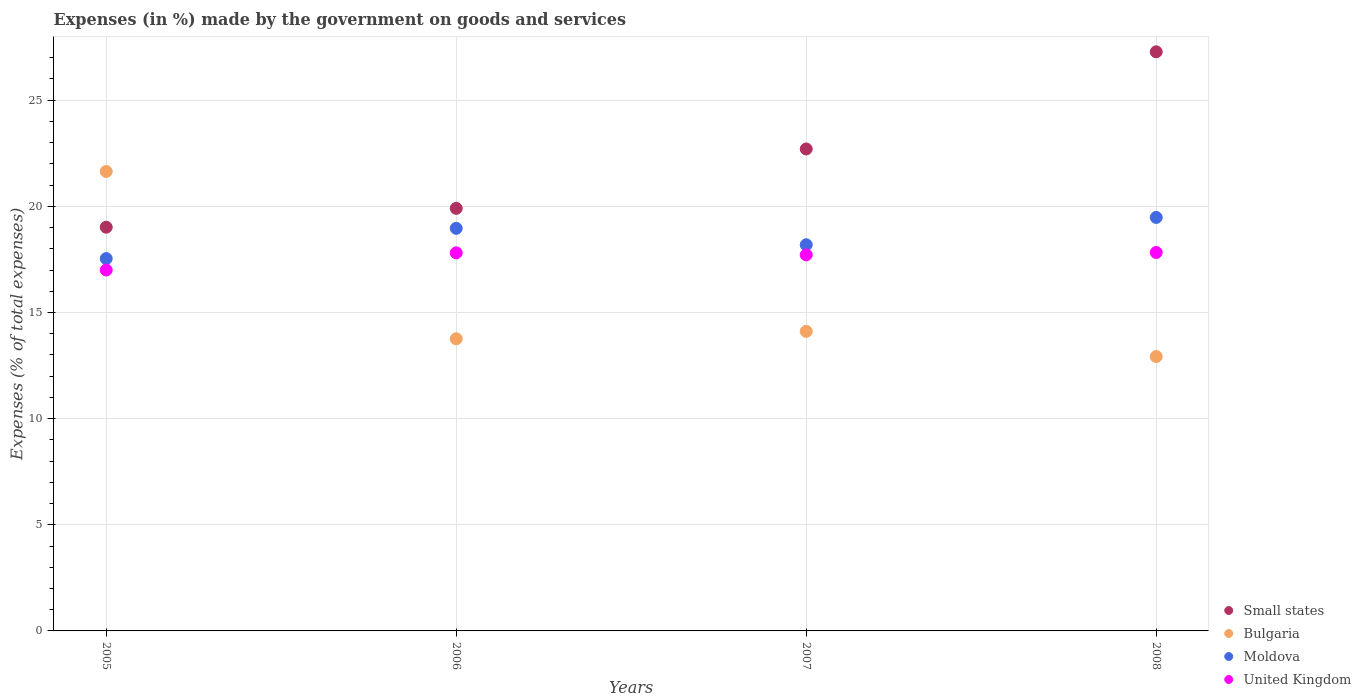
| Years | Small states | Bulgaria | Moldova | United Kingdom |
 | --- | --- | --- | --- | --- |
 | 2005 | 19 | 21.6 | 17.5 | 17 |
 | 2006 | 19.9 | 13.8 | 19 | 17.8 |
 | 2007 | 22.7 | 14.1 | 18.2 | 17.7 |
 | 2008 | 27.3 | 12.9 | 19.5 | 17.8 |